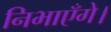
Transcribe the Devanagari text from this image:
निभाएँगे।